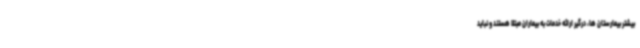
بیشتر بیمارستان ها، درگیر ارائه خدمات به بیماران مبتلا هستند و نباید